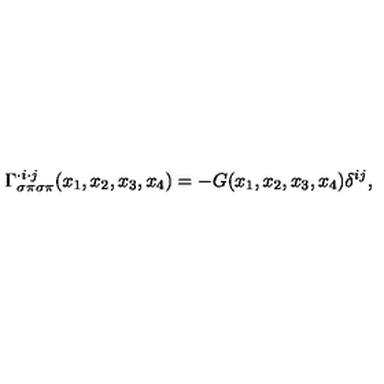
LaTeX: \Gamma _ { \sigma \pi \sigma \pi } ^ { \cdot i \cdot j } ( x _ { 1 } , x _ { 2 } , x _ { 3 } , x _ { 4 } ) = - G ( x _ { 1 } , x _ { 2 } , x _ { 3 } , x _ { 4 } ) \delta ^ { i j } ,